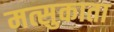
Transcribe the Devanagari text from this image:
मत्सुकाता